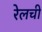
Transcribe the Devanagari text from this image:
रेलची